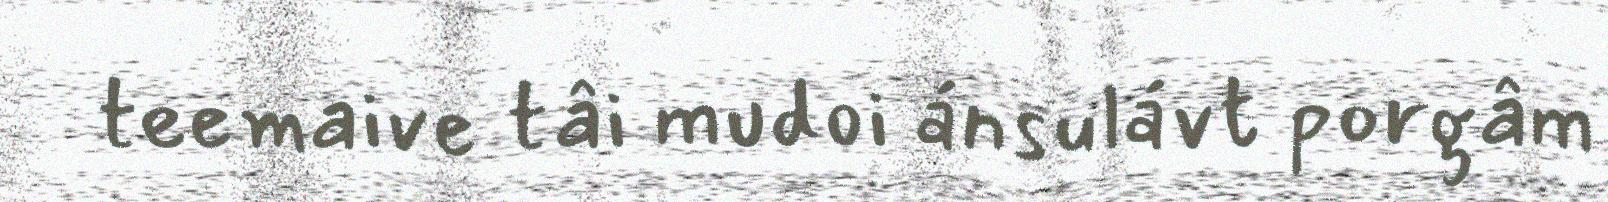
teemaive tâi mudoi ánsulávt porgâm